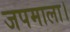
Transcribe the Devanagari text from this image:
जपमाला।